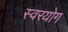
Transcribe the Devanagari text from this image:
स्वरयोग